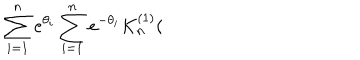
\sum _ { i = 1 } ^ { n } e ^ { \theta _ { i } } \sum _ { i = 1 } ^ { n } e ^ { - \theta _ { i } } K _ { n } ^ { ( 1 ) } (